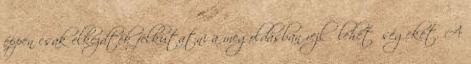
éppen csak elkezdték felkutatni a megoldásban rejlő lehetőségeket. A